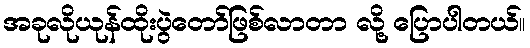
အခုလိုယုန်ထိုးပွဲတော်ဖြစ်လာတာ လို့ ပြောပါတယ်။